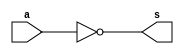
// -------------------------
//  Exemplo0032
// Nome: Gustavo Barbosa
// -------------------------

module notgate(output [1:0] s, input [1:0]a);

	assign s = ~a;

endmodule

module andgate(output [1:0] s,input  [1:0] a,input  [1:0] b);
	assign s = a & b;
endmodule //andgate

module and3(output [1:0] s,input  [1:0] a,input  [1:0] b,input  [1:0] c);
	wire [1:0] x;
	andgate AND1(x,a,b);
	andgate AND2(s,x,c);
endmodule //and3

module orgate(output [1:0] s,input  [1:0] a,input  [1:0] b);
	assign s = a | b;
endmodule //orgate

module test_f4;
// ------------------------- definir dados
	reg [1:0] x;
	reg [1:0] y;
	reg [1:0] op;
	wire [1:0] s1;
	wire [1:0] s2;
	wire [1:0] s3;
	wire [1:0] s4;
	wire [1:0] s;

	orgate OR1(s4,x,y);
	and3 AND1(s3,x,y,op);
	notgate NOT1(s2,op);
	andgate AND2(s1,s4,s2);
	orgate OR2(s,s1,s3);

// ------------------------- parte principal
   initial begin
      $display("Exemplo0032 - Gustavo Barbosa - 427410");
      $display("Test");
		x = 2'b00;      y = 2'b00;

		$monitor("%4b %4b %4b = %4b",op,x,y,s);
		#1 x = 2'b00; y = 2'b00; op = 2'b01;
		#1 x = 2'b00; y = 2'b11; op = 2'b01;
		#1 x = 2'b11; y = 2'b00; op = 2'b01;
		#1 x = 2'b11; y = 2'b11; op = 2'b01;
end
endmodule